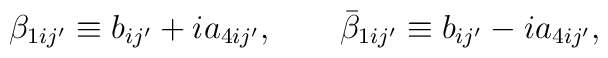
\beta_{1ij'} \equiv b_{ij'} + i a_{4ij'}, \qquad \bar\beta_{1ij'}\equiv b_{ij'} - i a_{4ij'},